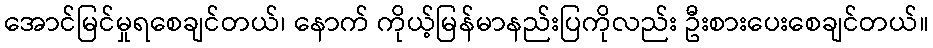
အောင်မြင်မှုရစေချင်တယ်၊ နောက် ကိုယ့်မြန်မာနည်းပြကိုလည်း ဦးစားပေးစေချင်တယ်။